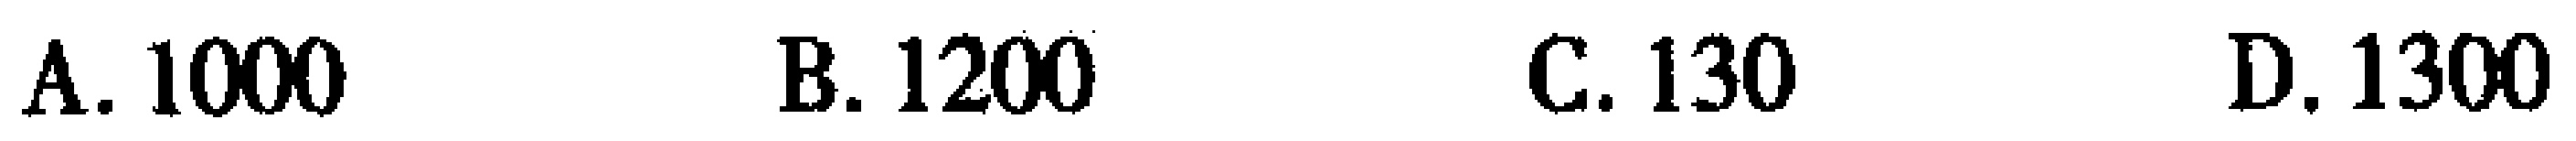
A. 1000 \quad B. 1200 \quad C. 130 \quad D. 1300